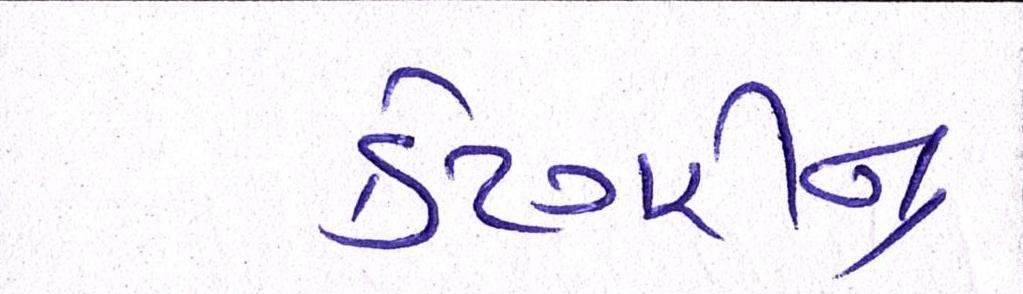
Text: કેટેગરીના